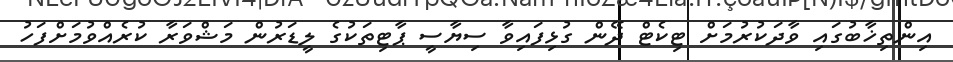
އިންތިޚާބުގައި ވާދަކުރުމަށް ޓިކެޓް ދޭން ގުޅިފައިވާ ސިޔާސީ ޕާޓިތަކުގެ ލީޑަރުން މަޝްވަރާ ކުރެއްވުމަށްފަހު